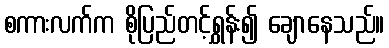
စကားလက်က စိုပြည်တင့်ရွှန်း၍ ချောနေသည်။